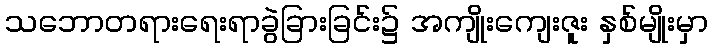
သဘောတရားရေးရာခွဲခြားခြင်း၌ အကျိုးကျေးဇူး နှစ်မျိုးမှာ